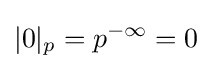
|0|_{p}=p^{-\infty }=0